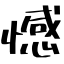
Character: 憾